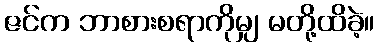
ဇင်က ဘာစားစရာကိုမျှ မတို့ထိခဲ့။